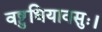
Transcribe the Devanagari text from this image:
वष्टुधियावसुः।